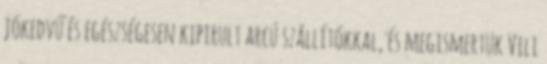
jókedvű és egészségesen kipirult arcú szállítókkal, és megismertük Vili